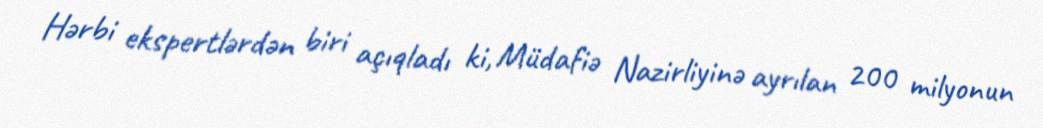
Hərbi ekspertlərdən biri açıqladı ki, Müdafiə Nazirliyinə ayrılan 200 milyonun